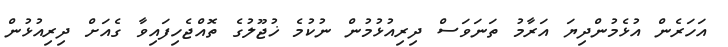
އަހަރެން އުޅެމުންދިޔަ އަރާމު ތަނަވަސް ދިރިއުޅުމުން ނުކުމެ ޚުޖޫލުގެ ތޮއްޖެހިފައިވާ ގެއަށް ދިރިއުޅުން